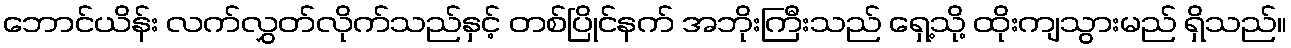
ဘောင်ယိန်း လက်လွှတ်လိုက်သည်နှင့် တစ်ပြိုင်နက် အဘိုးကြီးသည် ရှေ့သို့ ထိုးကျသွားမည် ရှိသည်။